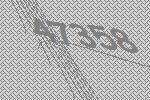
47358